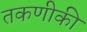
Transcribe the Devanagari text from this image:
तकणीकी